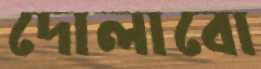
দোলাবো